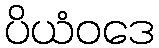
ပိယံဝဒေ